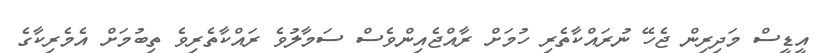
އީޑީސް މަދިރިން ޖެހޭ ނުރައްކާތެރި ހުމަށް ރާއްޖެއިންވެސް ސަމާލުވެ ރައްކާތެރިވެ ތިބުމަށް އެމެރިކާގެ